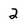
Character: 2